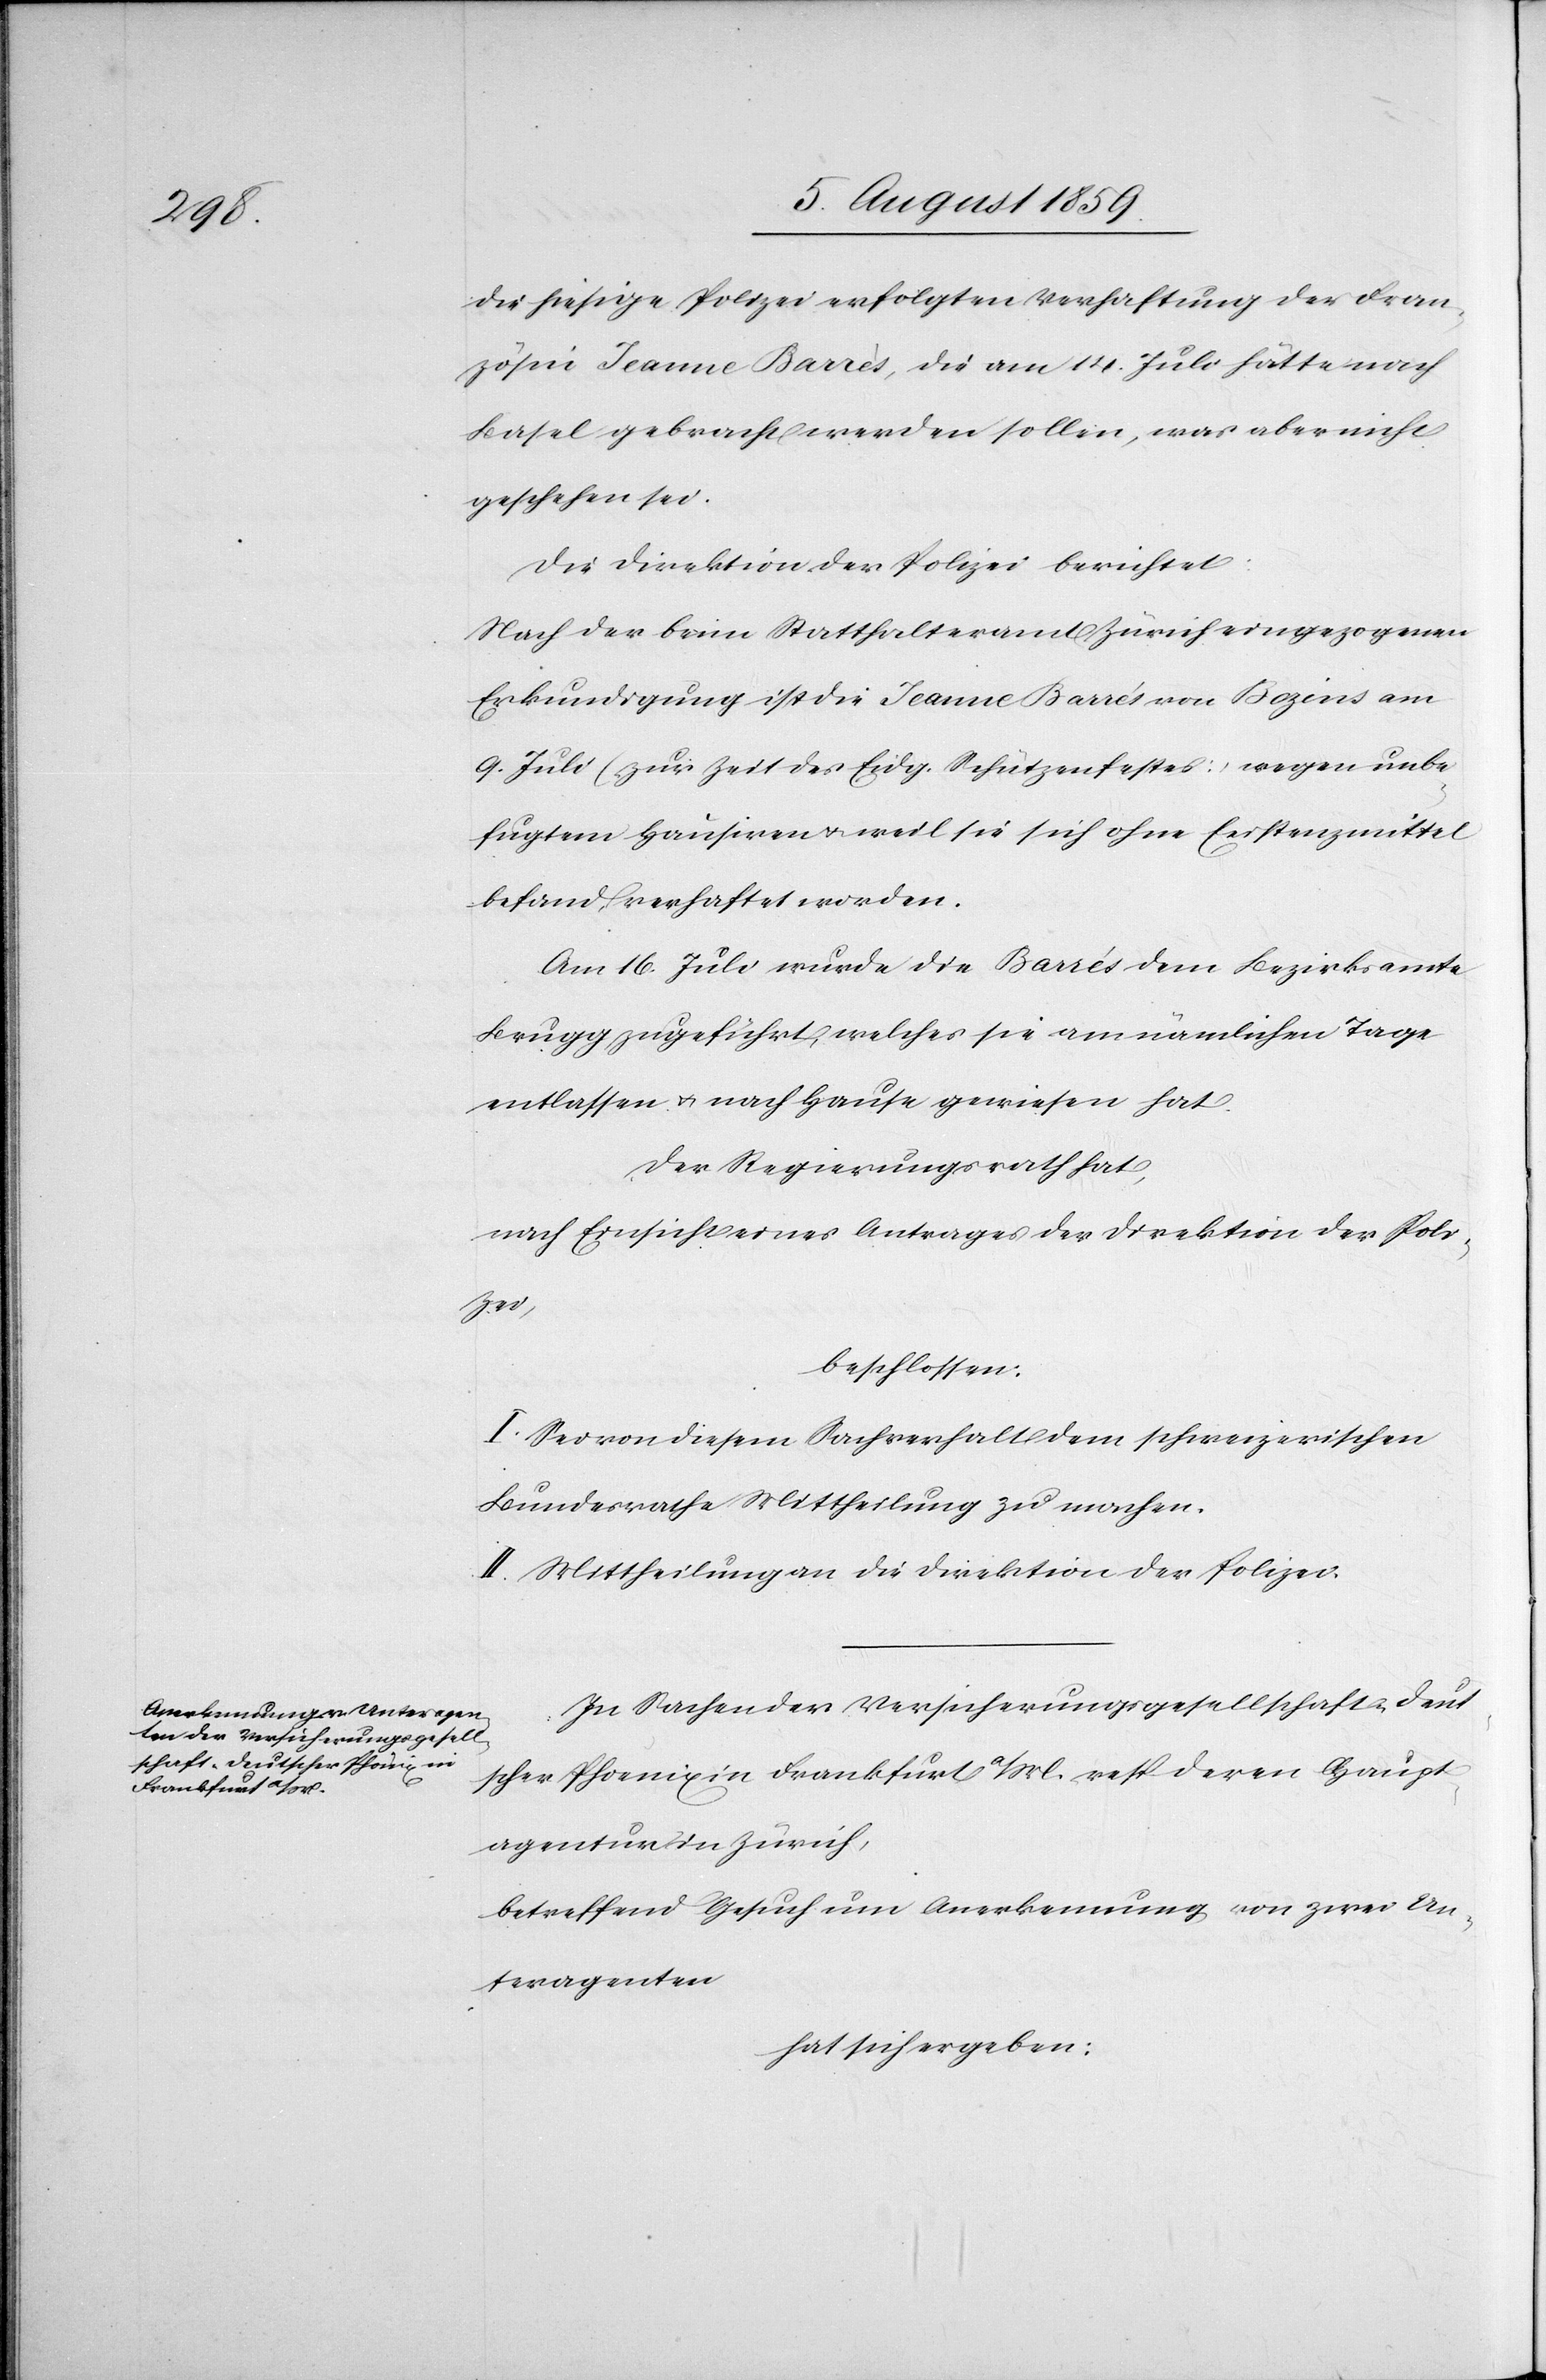
die hiesige Polizei erfolgten Verhaftung der Fran¬
zösin Jeanne Barrès, die am 14. Juli hätte nach
Basel gebracht werden sollen, was aber nicht
geschehen sei.
Die Direktion der Polizei berichtet:
Nach der beim Statthalteramt Zürich eingezogenen
Erkundigung ist die Jeanne Barrés [sic!] von Bozins am
9. Juli (zur Zeit des Eidg. Schützenfestes) wegen unbe¬
fugtem Hausiren u. weil sie sich ohne Existenzmittel
befand verhaftet worden.
Am 16. Juli wurde die Barrés dem Bezirksamte
Brugg zugeführt, welches sie am nämlichen Tage
entlassen u. nach Hause gewiesen hat.
Der Regierungsrath hat,
nach Einsicht eines Antrages der Direktion der Poli¬
zei,
beschlossen:
I. Sei von diesem Sachverhalt dem schweizerischen
Bundesrathe Mittheilung zu machen.
II. Mittheilung an die Direktion der Polizei.
In Sachen der Versicherungsgesellschaft-Deut¬
scher Phoenix in Frankfurt a/M. resp. deren Haupt¬
agentur in Zürich,
betreffend Gesuch um Anerkennung von zwei Un¬
teragenten
hat sich ergeben: